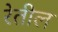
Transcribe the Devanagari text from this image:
रेतील